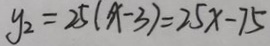
y _ { 2 } = 2 5 ( x - 3 ) = 2 5 x - 7 5